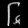
Digit: ၆